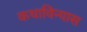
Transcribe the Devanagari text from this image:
कथाविन्यास